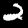
Digit: 2